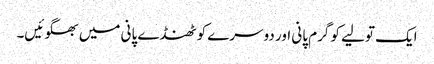
ایک تولیے کو گرم پانی اور دوسرے کو ٹھنڈے پانی میں بھگوئیں۔